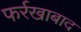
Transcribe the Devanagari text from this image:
फर्रखाबाद